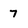
Character: 7